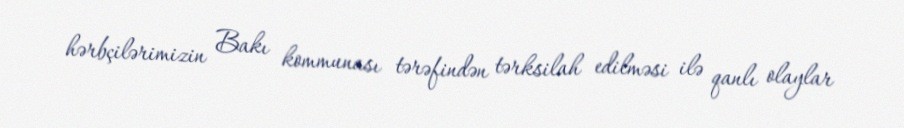
hərbçilərimizin Bakı kommunası tərəfindən tərksilah edilməsi ilə qanlı olaylar